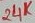
Text: 24K